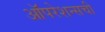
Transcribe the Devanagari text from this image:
ऑपरेशन्सची